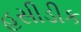
હસીડીક